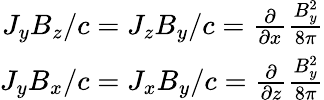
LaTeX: \begin{array}{r}{J_{y}B_{z}/c=J_{z}B_{y}/c=\frac{\partial}{\partial x}\frac{B_{y}^{2}}{8\pi}}\\ {J_{y}B_{x}/c=J_{x}B_{y}/c=\frac{\partial}{\partial z}\frac{B_{y}^{2}}{8\pi}}\end{array}